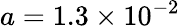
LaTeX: a=1.3\times 10^{-2}